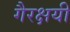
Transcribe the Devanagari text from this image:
गैरक्षयी